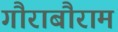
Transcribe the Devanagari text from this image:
गौराबौराम